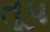
તૂપ